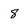
Character: 8